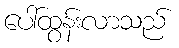
ပေါ်ထွန်းလာသည်